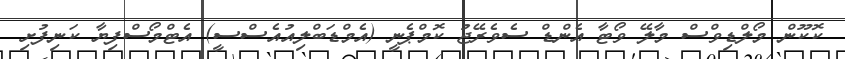
ކޮކޫން މޯލްޑިވްސް މާލޭ ވޯޓާ އެންޑް ސެވެރޭޖު ކޮމްޕެނީ (އެމްޑަބްލިއުއެސްސީ) އެޓްމޯސްފިޔާ ކަނިފުށި